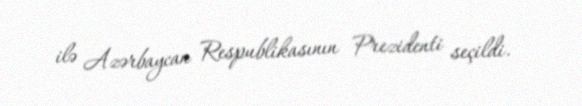
ilə Azərbaycan Respublikasının Prezidenti seçildi.